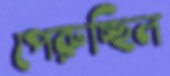
পেরুচ্ছিল